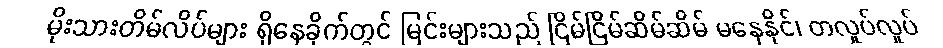
မိုးသားတိမ်လိပ်များ ရှိနေခိုက်တွင် မြင်းများသည် ငြိမ်ငြိမ်ဆိမ်ဆိမ် မနေနိုင်၊ တလှုပ်လှုပ်